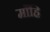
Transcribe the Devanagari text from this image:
माँहि